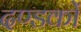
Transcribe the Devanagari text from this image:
दण्डकों